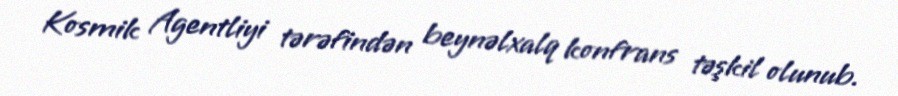
Kosmik Agentliyi tərəfindən beynəlxalq konfrans təşkil olunub.